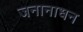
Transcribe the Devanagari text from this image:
जनानाधन